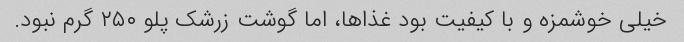
خیلی خوشمزه و با کیفیت بود غذاها، اما گوشت زرشک پلو ۲۵۰ گرم نبود.